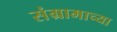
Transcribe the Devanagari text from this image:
संग्रामाच्या